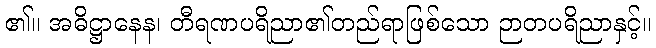
၏။ အဓိဋ္ဌာနေန၊ တီရဏပရိညာ၏တည်ရာဖြစ်သော ဉာတပရိညာနှင့်။